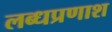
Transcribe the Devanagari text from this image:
लब्धप्रणाश